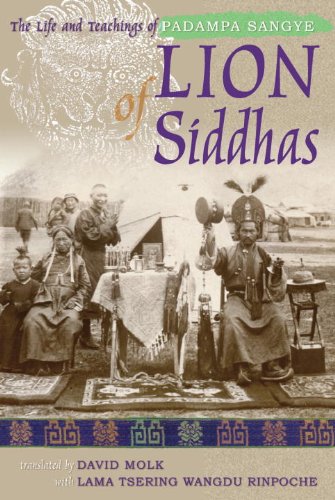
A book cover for Lion Of Siddhas: The Life And Teachings Of Padampa Sangye; Religion & Spirituality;